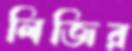
লিজির